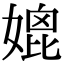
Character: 媲